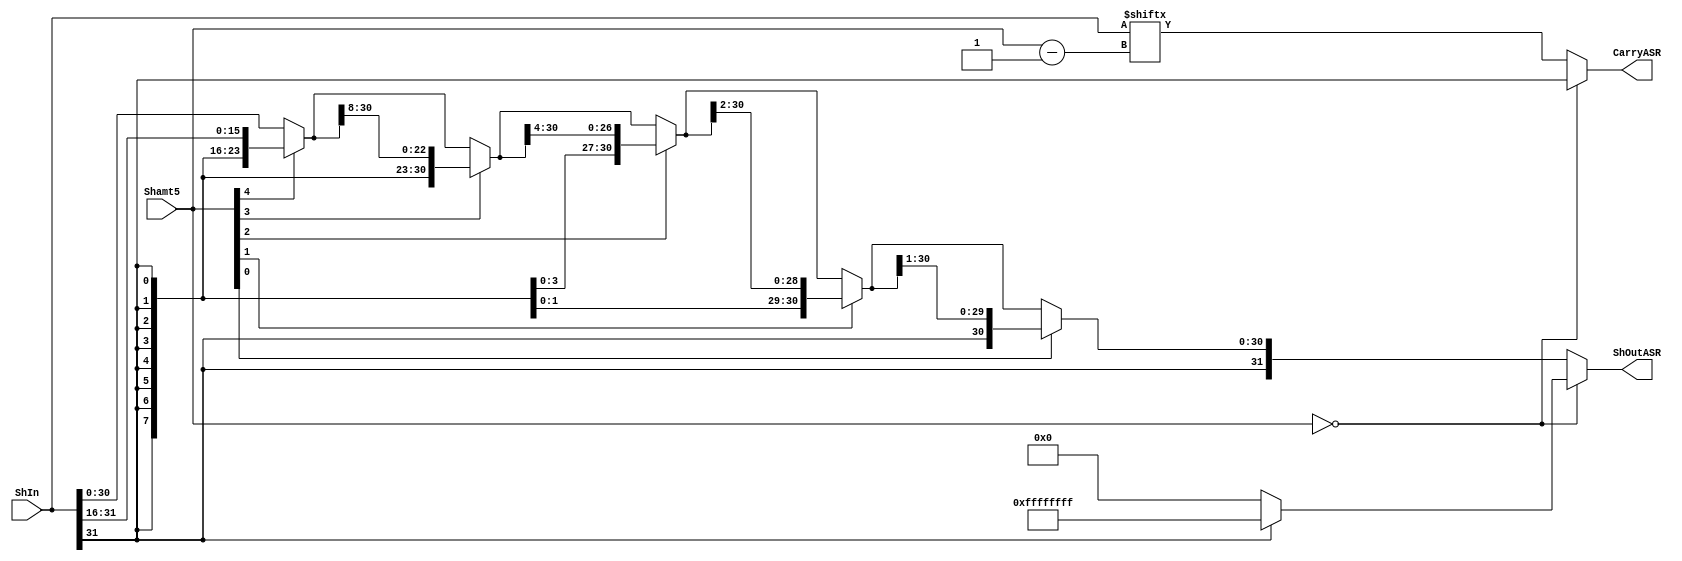
`timescale 1ns / 1ps
//////////////////////////////////////////////////////////////////////////////////
// Company: SUSTech
// Module Name: ASR
// Project Name: Processor
// Tool Versions: Vivado 2021.2
// Description: 
//
//////////////////////////////////////////////////////////////////////////////////


module ASR(
    input   [31:0]      ShIn,
    input   [4:0]       Shamt5,
    output  [31:0]      ShOutASR,
    output              CarryASR
    );
    
    wire [31:0] ShOutA;
    wire [31:0] ShOutB;
    wire [31:0] ShOutC;
    wire [31:0] ShOutD;
    wire [31:0] ShOutE;
    
    assign  ShOutA      =   Shamt5[4] ? {{16{ShIn[31]}}, ShIn[31:16]} : ShIn;
    assign  ShOutB      =   Shamt5[3] ? {{8{ShOutA[31]}},  ShOutA[31:8]} : ShOutA;
    assign  ShOutC      =   Shamt5[2] ? {{4{ShOutB[31]}},  ShOutB[31:4]} : ShOutB;
    assign  ShOutD      =   Shamt5[1] ? {{2{ShOutC[31]}},  ShOutC[31:2]} : ShOutC;
    assign  ShOutE      =   Shamt5[0] ? {{1{ShOutD[31]}},  ShOutD[31:1]} : ShOutD;

    assign  ShOutASR    =   Shamt5 == 0 ? (ShIn[31] == 0 ? 0 : 32'hFFFFFFFF) : ShOutE;
    assign  CarryASR    =   Shamt5 == 0 ? ShIn[31] : ShIn[Shamt5 - 1];
endmodule